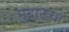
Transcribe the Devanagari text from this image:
मुद्राख्या